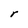
Character: r